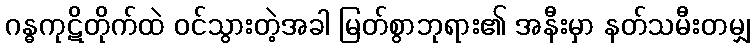
ဂန္ဓကုဋိတိုက်ထဲ ဝင်သွားတဲ့အခါ မြတ်စွာဘုရား၏ အနီးမှာ နတ်သမီးတမျှ